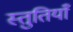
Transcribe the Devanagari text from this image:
स्‍तुतियाँ